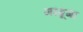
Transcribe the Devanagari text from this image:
मांगूगा